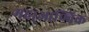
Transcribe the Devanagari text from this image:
महा्आण्विक